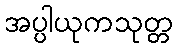
အပ္ပါယုကသုတ္တ